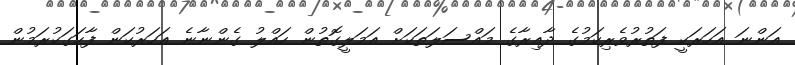
އަންނަ އަހަރަކީ ފަތުރުވެރިކަމުގެ ދާއިރާގެ މައްސަލަތަކަށް އަމަލީގޮތުން ހައްލު ގެންނާނެ އަހަރުކަން ފާހަގަކުރަމުން